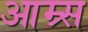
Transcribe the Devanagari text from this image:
आम्र्स